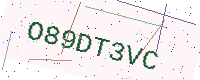
Text: O89DT3VC